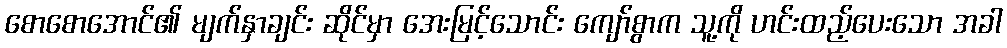
စောစောအောင်၏ မျက်နှာချင်း ဆိုင်မှာ အေးမြင့်သောင်း ကျော်စွာက သူ့ကို ဟင်းထည့်ပေးသော အခါ